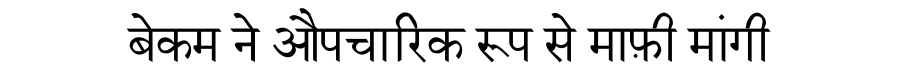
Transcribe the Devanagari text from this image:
बेकम ने औपचारिक रूप से माफ़ी मांगी